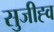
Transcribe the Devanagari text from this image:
सुजीह्व